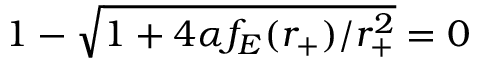
1 - \sqrt { 1 + 4 \alpha f _ { E } ( r _ { + } ) / r _ { + } ^ { 2 } } = 0